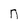
Character: n